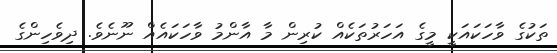
ތަކުގެ ވާހަކައަކީ މީގެ އަހަރުތަކެއް ކުރިން މާ އާންމު ވާހަކައެއް ނޫނެވެ. ދިވެހިންގެ